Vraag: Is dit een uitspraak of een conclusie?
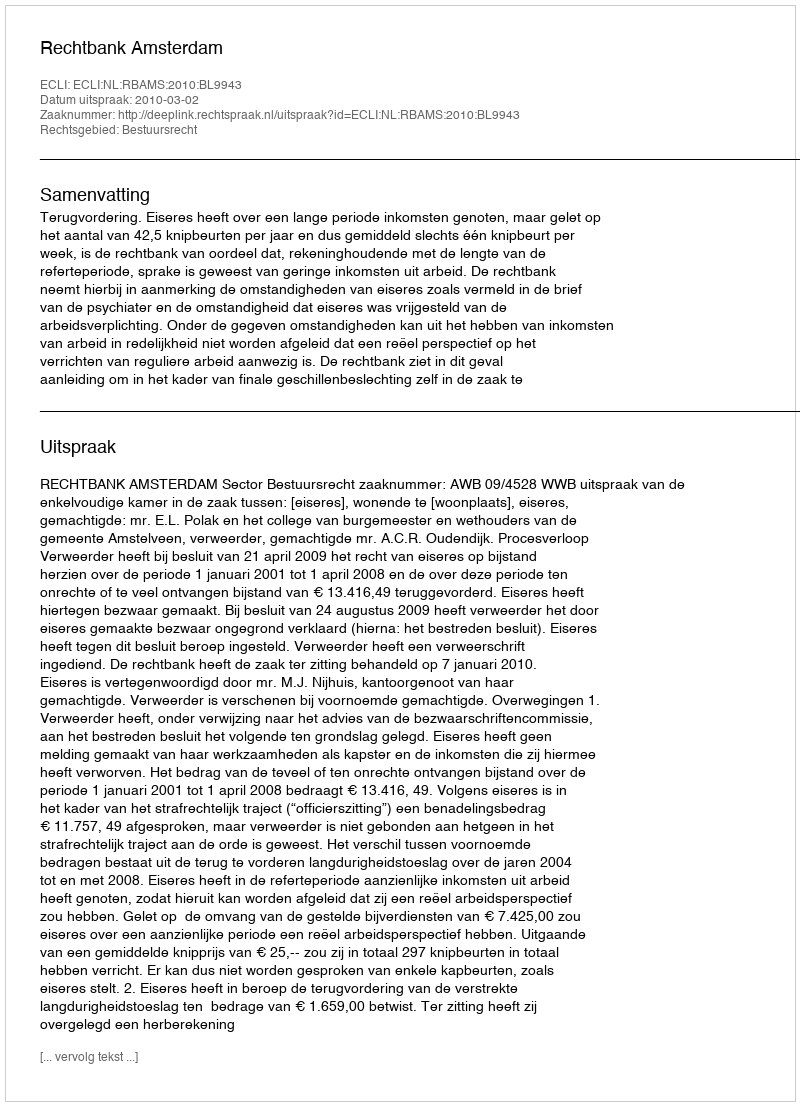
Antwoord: Uitspraak